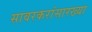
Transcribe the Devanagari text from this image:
सावरकरांसारख्या